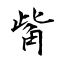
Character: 觜